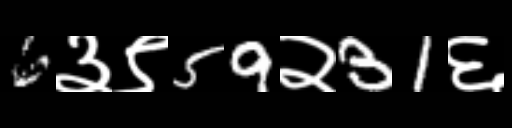
Text: 6३९59२31६